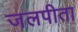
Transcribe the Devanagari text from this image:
जलपीता